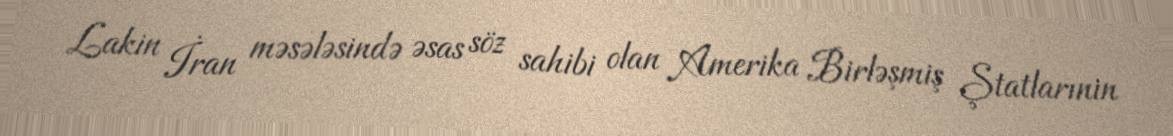
Lakin İran məsələsində əsas söz sahibi olan Amerika Birləşmiş Ştatlarınin